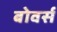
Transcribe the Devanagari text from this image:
बोवर्स